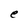
Character: e